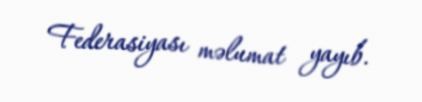
Federasiyası məlumat yayıb.